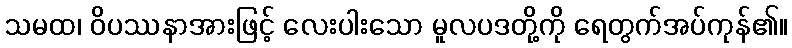
သမထ၊ ဝိပဿနာအားဖြင့် လေးပါးသော မူလပဒတို့ကို ရေတွက်အပ်ကုန်၏။